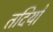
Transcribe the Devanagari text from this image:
तदियों